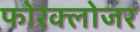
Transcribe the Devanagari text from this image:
फोरक्लोजर